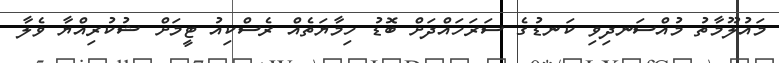
މައުލޫމާތު މުއްސަނދިވި ކަނޑުގެ ސަރަހައްދަށް ބޮޑު ހިމާޔަތެއް ރެސްކިއު ޓީމަށް ޝުކުރިއްޔާ ވެލާ